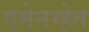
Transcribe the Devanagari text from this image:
एमेनम्हेत